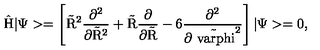
\mathrm { \hat { H } | \Psi > = \left[ \tilde { R } ^ { 2 } \frac { \partial ^ { 2 } } { \partial \tilde { R } ^ { 2 } } + \tilde { R } \frac { \partial } { \partial \tilde { R } } - 6 \frac { \partial ^ { 2 } } { \partial \tilde { \ v a r p h i } ^ { 2 } } \right] | \Psi > = 0 , }